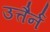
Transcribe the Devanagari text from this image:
उत्तैर्न